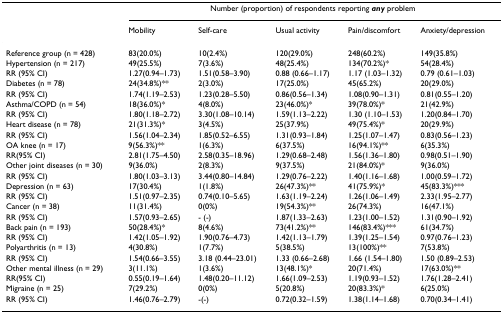
<table><thead><tr><td></td><td colspan="5"><b>Number (proportion) of respondents reporting <i>any </i>problem</b></td></tr><tr><td></td><td><b>Mobility</b></td><td><b>Self-care</b></td><td><b>Usual activity</b></td><td><b>Pain/discomfort</b></td><td><b>Anxiety/depression</b></td></tr></thead><tbody><tr><td>Reference group (n = 428)</td><td>83(20.0%)</td><td>10(2.4%)</td><td>120(29.0%)</td><td>248(60.2%)</td><td>149(35.8%)</td></tr><tr><td>Hypertension (n = 217)</td><td>49(25.5%)</td><td>7(3.6%)</td><td>48(25.4%)</td><td>134(70.2%)*</td><td>54(28.4%)</td></tr><tr><td>RR (95% CI)</td><td>1.27(0.94–1.73)</td><td>1.51(0.58–3.90)</td><td>0.88 (0.66–1.17)</td><td>1.17 (1.03–1.32)</td><td>0.79 (0.61–1.03)</td></tr><tr><td>Diabetes (n = 78)</td><td>24(34.8%)**</td><td>2(3.0%)</td><td>17(25.0%)</td><td>45(65.2%)</td><td>20(29.0%)</td></tr><tr><td>RR (95% CI)</td><td>1.74(1.19–2.53)</td><td>1.23(0.28–5.50)</td><td>0.86(0.56–1.34)</td><td>1.08(0.90–1.31)</td><td>0.81(0.55–1.20)</td></tr><tr><td>Asthma/COPD (n = 54)</td><td>18(36.0%)*</td><td>4(8.0%)</td><td>23(46.0%)*</td><td>39(78.0%)*</td><td>21(42.9%)</td></tr><tr><td>RR (95% CI)</td><td>1.80(1.18–2.72)</td><td>3.30(1.08–10.14)</td><td>1.59(1.13–2.22)</td><td>1.30 (1.10–1.53)</td><td>1.20(0.84–1.70)</td></tr><tr><td>Heart disease (n = 78)</td><td>21(31.3%)*</td><td>3(4.5%)</td><td>25(37.9%)</td><td>49(75.4%)*</td><td>20(29.9%)</td></tr><tr><td>RR (95% CI)</td><td>1.56(1.04–2.34)</td><td>1.85(0.52–6.55)</td><td>1.31(0.93–1.84)</td><td>1.25(1.07–1.47)</td><td>0.83(0.56–1.23)</td></tr><tr><td>OA knee (n = 17)</td><td>9(56.3%)**</td><td>1(6.3%)</td><td>6(37.5%)</td><td>16(94.1%)**</td><td>6(35.3%)</td></tr><tr><td>RR(95% CI)</td><td>2.81(1.75–4.50)</td><td>2.58(0.35–18.96)</td><td>1.29(0.68–2.48)</td><td>1.56(1.36–1.80)</td><td>0.98(0.51–1.90)</td></tr><tr><td>Other joint diseases (n = 30)</td><td>9(36.0%)</td><td>2(8.3%)</td><td>9(37.5%)</td><td>21(84.0%)*</td><td>9(36.0%)</td></tr><tr><td>RR (95% CI)</td><td>1.80(1.03–3.13)</td><td>3.44(0.80–14.84)</td><td>1.29(0.76–2.22)</td><td>1.40(1.16–1.68)</td><td>1.00(0.59–1.72)</td></tr><tr><td>Depression (n = 63)</td><td>17(30.4%)</td><td>1(1.8%)</td><td>26(47.3%)**</td><td>41(75.9%)*</td><td>45(83.3%)***</td></tr><tr><td>RR (95% CI)</td><td>1.51(0.97–2.35)</td><td>0.74(0.10–5.65)</td><td>1.63(1.19–2.24)</td><td>1.26(1.06–1.49)</td><td>2.33(1.95–2.77)</td></tr><tr><td>Cancer (n = 38)</td><td>11(31.4%)</td><td>0(0%)</td><td>19(54.3%)**</td><td>26(74.3%)</td><td>16(47.1%)</td></tr><tr><td>RR (95% CI)</td><td>1.57(0.93–2.65)</td><td>- (-)</td><td>1.87(1.33–2.63)</td><td>1.23(1.00–1.52)</td><td>1.31(0.90–1.92)</td></tr><tr><td>Back pain (n = 193)</td><td>50(28.4%)*</td><td>8(4.6%)</td><td>73(41.2%)**</td><td>146(83.4%)***</td><td>61(34.7%)</td></tr><tr><td>RR (95% CI)</td><td>1.42(1.05–1.92)</td><td>1.90(0.76–4.73)</td><td>1.42(1.13–1.79)</td><td>1.39(1.25–1.54)</td><td>0.97(0.76–1.23)</td></tr><tr><td>Polyarthritis (n = 13)</td><td>4(30.8%)</td><td>1(7.7%)</td><td>5(38.5%)</td><td>13(100%)**</td><td>7(53.8%)</td></tr><tr><td>RR (95% CI)</td><td>1.54(0.66–3.55)</td><td>3.18 (0.44–23.01)</td><td>1.33 (0.66–2.68)</td><td>1.66 (1.54–1.80)</td><td>1.50 (0.89–2.53)</td></tr><tr><td>Other mental illness (n = 29)</td><td>3(11.1%)</td><td>1(3.6%)</td><td>13(48.1%)*</td><td>20(71.4%)</td><td>17(63.0%)**</td></tr><tr><td>RR(95% CI)</td><td>0.55(0.19–1.64)</td><td>1.48(0.20–11.12)</td><td>1.66(1.09–2.53)</td><td>1.19(0.93–1.52)</td><td>1.76(1.28–2.41)</td></tr><tr><td>Migraine (n = 25)</td><td>7(29.2%)</td><td>0(0%)</td><td>5(20.8%)</td><td>20(83.3%)*</td><td>6(25.0%)</td></tr><tr><td>RR (95% CI)</td><td>1.46(0.76–2.79)</td><td>-(-)</td><td>0.72(0.32–1.59)</td><td>1.38(1.14–1.68)</td><td>0.70(0.34–1.41)</td></tr></tbody></table>